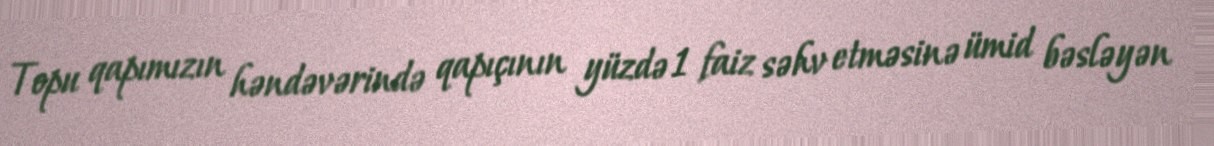
Topu qapımızın həndəvərində qapıçının yüzdə 1 faiz səhv etməsinə ümid bəsləyən